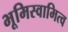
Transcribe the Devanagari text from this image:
भूमिस्वामित्व